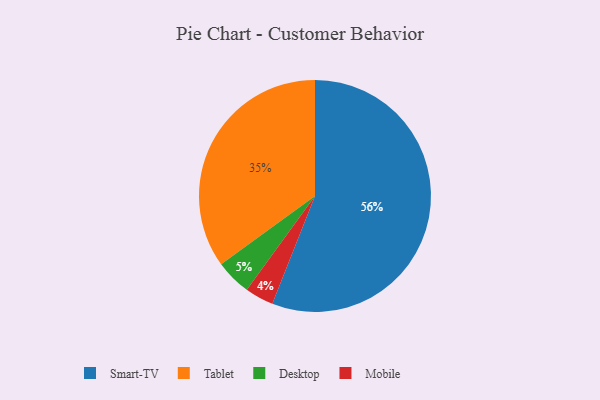
{"axis": {"x": "Category", "y": "Percentage"}, "legend": ["Desktop", "Mobile", "Smart-TV", "Tablet"], "data": [{"x": "Mobile", "y": 4, "type": "Mobile"}, {"x": "Smart-TV", "y": 56, "type": "Smart-TV"}, {"x": "Desktop", "y": 5, "type": "Desktop"}, {"x": "Tablet", "y": 35, "type": "Tablet"}]}